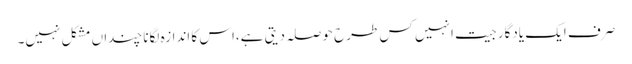
صرف ایک یادگار جیت انہیں کس طرح حوصلہ دیتی ہے،اس کا اندازہ لگانا چنداں مشکل نہیں۔